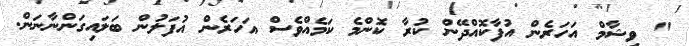
" ވިޝާމް އަހަރެން އުފާކޮއްދޭން ކުރާ ކޮންމެ ކަމެއްވެސް އަހަރެން އުފަލުން ބަލައިގަންނާނަން.